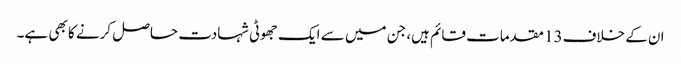
ان کے خلاف13 مقدمات قائم ہیں، جن میں سے ایک جھوٹی شہادت حاصل کرنے کا بھی ہے۔